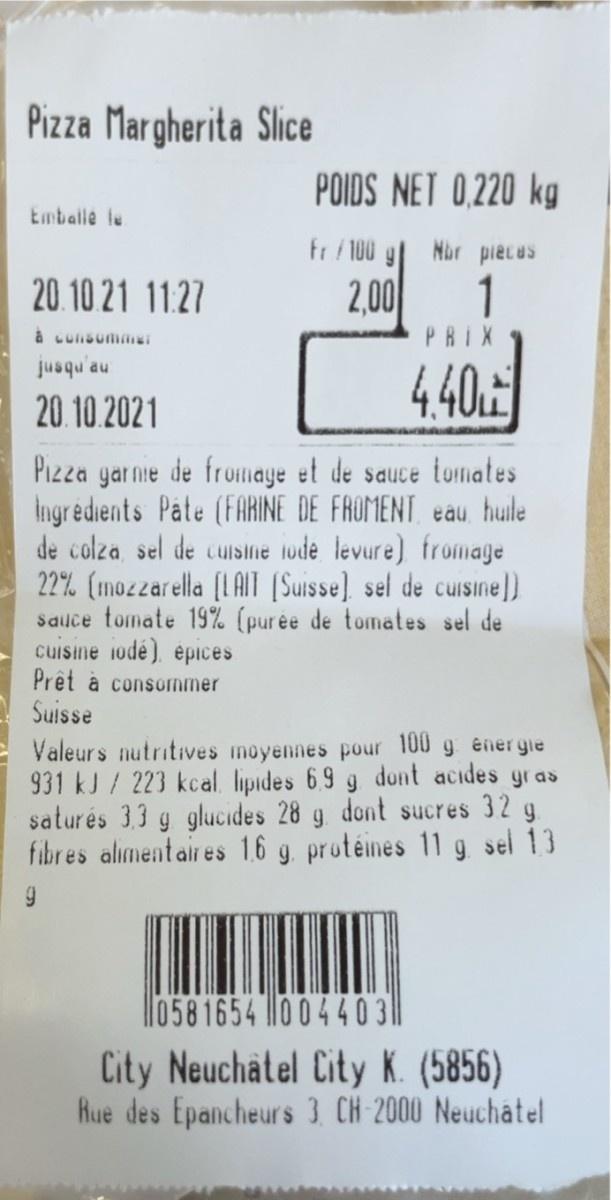
Pizza Margherita Slice
POIDS NET 0,220 kg
Emballe le
fr /100 g Nbr pieLus
20.10 21 11.27
2,00
1
à Lunsumaei
PRIX
440
jusqu'au
20. 10.2021
yar nie de fromaye et de sauce tomates Ingredients Páte (FARINE DE FROMENT eau hule de colza, sel de cuislie lode levure) fromage 22% (mozzarella (I AIT (Suisse] sel de cusine) Saulce tomate 19% (purée de tomates sel de cuisine 1odè). épices Prêt à consommer Suisse
Pizza
Valeurs nutritives moyennes pour 100 g energie
931 kJ/223 kcal. lipides 6.9 g dont acides gras 32 g saturés 3.3 g glucides 28 g dont sucres
fibres alimentaires 16 g. protéines 11 g sel 13
ll0581654 100440 31 City Neuchatel City K. (5856) Rue des Epancheurs 3. CH 2000 Neuchatel